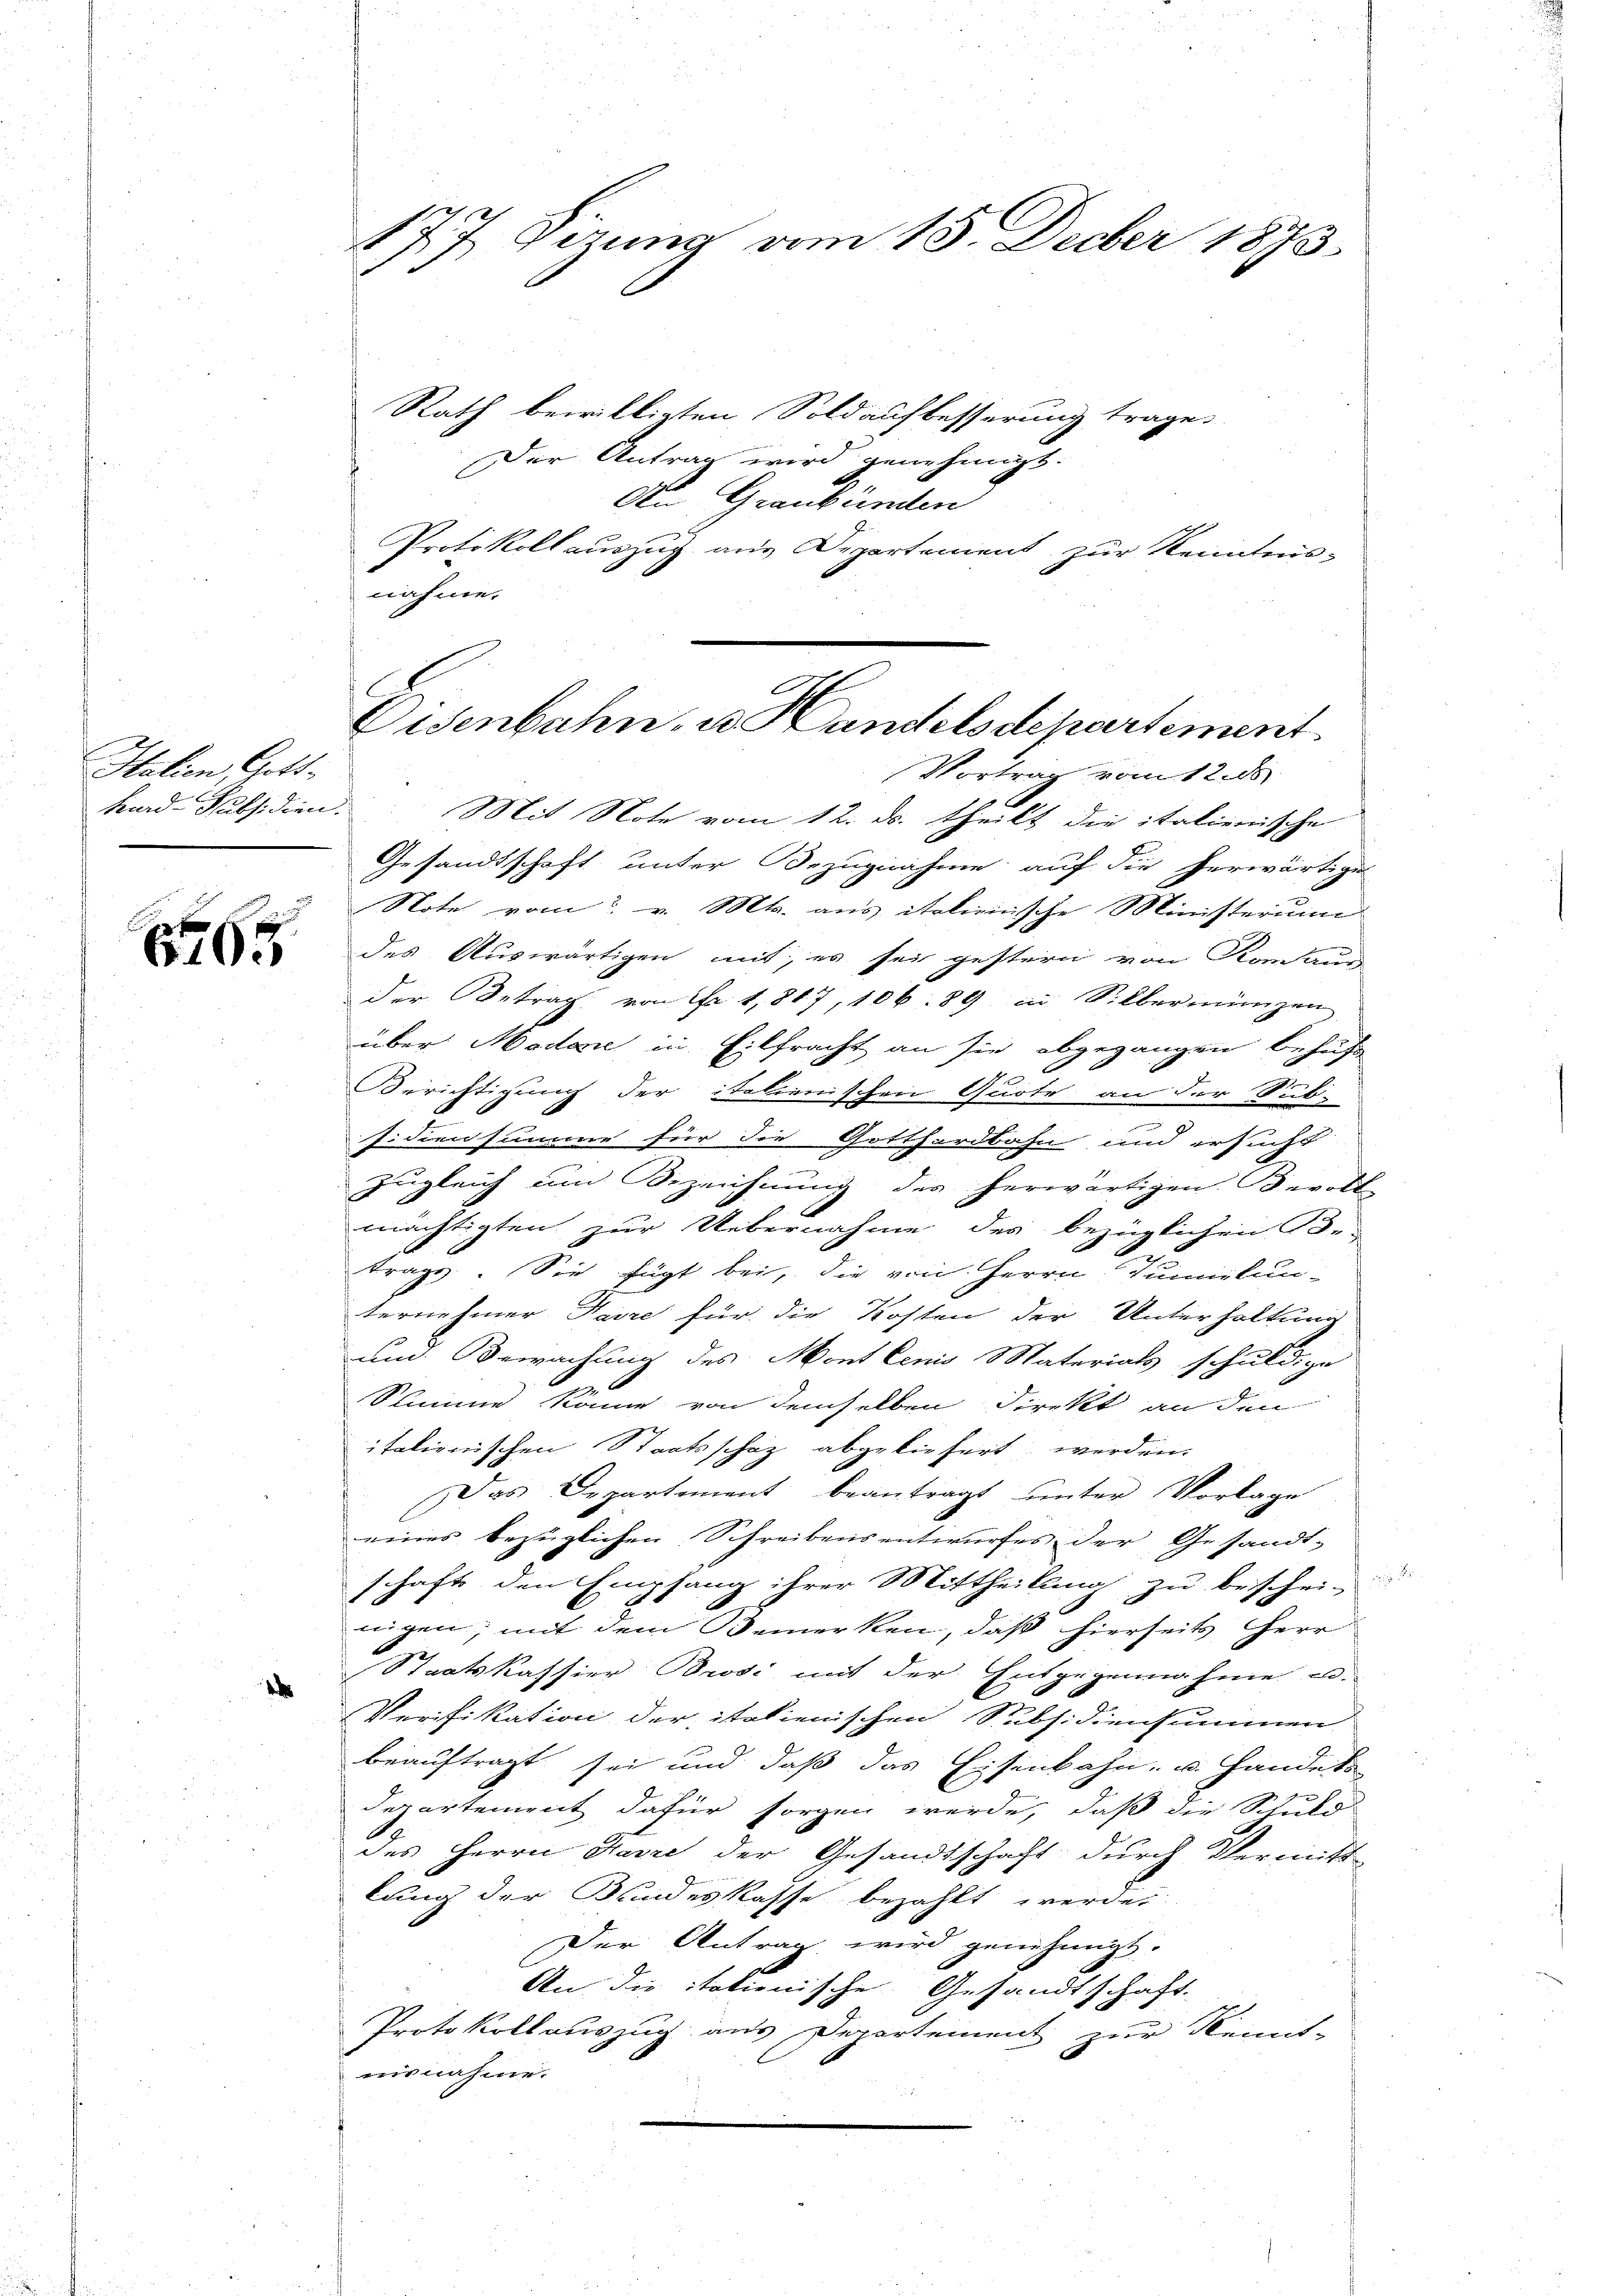
Italien, Gott¬
Kard-Subsidien.

177 Sizung vom 15. Decber 1893.

Rath bewilligten Soldaufbesserung trage.
Der Antrag wird genehmigt.
Au Graubünden
Protokoll auszug aus Departement zur Kenntnisnähme.

Eisenbahn, u. Candelsdepartement

Vortrag vom 12. ds
Mit Note vom 12. ds. theils die italienische
Gesandtschaft unter Bezugnahme auf die herwärtige
Note vom 2. v. Mts. aus italienische Ministerium
 des Auswärtigen mit, er sei gestern von Konkur
der Betrag von Fr. 1,817, 106. 89 in Silbermingen
über Madere in Eilfracht an sie abgegangen behufs
Berichtigung der italienischen Quote an der Sub-
fidiensumme für die Gotthardbahn und ersucht
zugleich um Bezeichnung des herwärtigen Bevoll
mächtigten zur Uebernahme des bezüglichen G-
trage. Sie fügt bei, die von Herrn Juniekun-
ternehmer Saire für die Kosten der Unterhaltung
um Bewachung des Mont lenis Materials schuldige
Stimme könne von demselben direkt an den
italienischen Staatsschaz abgeliefert werden.
Das Departement beantragt unter Vorlage
eines bezüglichen Schreibensentwurfes der Gesandt-
schaft den Empfang ihrer Mittheilung zu beschein
nigen; mit dem Bemerken, daß hierseits Herr
Staatskassier Brosi mit der Entgegennahme u.
d
Verifikation der italienischen Subsidiensummen
beauftragt sei und daß das Eisenbahn, u. Handels-
d
Departement dafür sorgen werde, daß die Schuld
des Herrn Favre der Gesandtschaft durch Vermitt
lung der Bundeskasse bezahlt werde,
Der Antrag wird genehmigt.
An die itationische Gesandtschaft.
Protokollauszug aus Departement zur Kennt-
aisnahme.